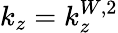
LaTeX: k_{z}=k_{z}^{W,2}